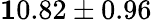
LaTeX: {\mathbf 10.82\pm 0.96}